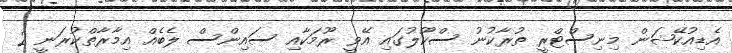
އެޑިއުކޭޝަން މިނިސްޓްރީ ތުރާކުނު ސްކޫލުގައި އޭވީ ރޫމަކާއި ސައިންސް ލެބެއް އިމާރާތްކުރަނީ 2